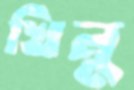
খিনু